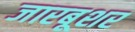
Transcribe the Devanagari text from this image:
जारबूशर